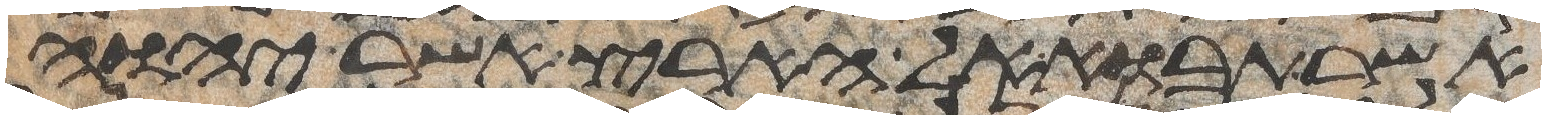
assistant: אשר תבוא אל הארץ אשר יהוה